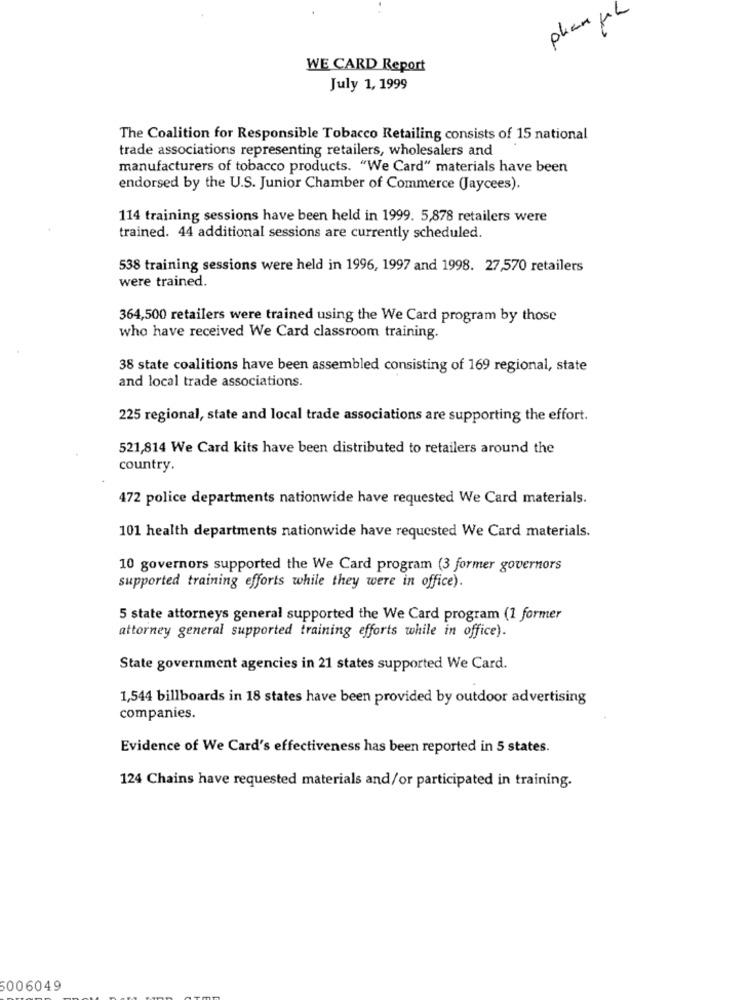
planfile
WE CARD Report
July 1, 1999
The Coalition for Responsible Tobacco Retailing consists of 15 national
trade associations representing retailers, wholesalers and
manufacturers of tobacco products. "We Card" materials have been
endorsed by the U.S. Junior Chamber of Commerce (Jaycees).
114 training sessions have been held in 1999. 5,878 retailers were
trained. 44 additional sessions are currently scheduled.
538 training sessions were held in 1996, 1997 and 1998. 27,570 retailers
were trained.
364,500 retailers were trained using the We Card program by those
who have received We Card classroom training.
38 state coalitions have been assembled consisting of 169 regional, state
and local trade associations.
225 regional, state and local trade associations are supporting the effort.
521,814 We Card kits have been distributed to retailers around the
country.
472 police departments nationwide have requested We Card materials.
101 health departments nationwide have requested We Card materials.
10 governors supported the We Card program (3 former governors
supported training efforts while they were in office).
5 state attorneys general supported the We Card program (1 former
attorney general supported training efforts while in office).
State government agencies in 21 states supported We Card.
1,544 billboards in 18 states have been provided by outdoor advertising
companies.
Evidence of We Card's effectiveness has been reported in 5 states.
124 Chains have requested materials and/or participated in training.
6006049